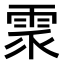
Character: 𩂢